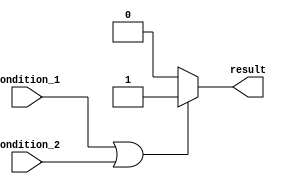
module if_else_block (
    input wire condition_1,
    input wire condition_2,
    output reg result
);

always @*
begin
    if (condition_1 || condition_2) begin
        // Code block if any of the conditions are true
        result = 1;
    end else begin
        // Code block if none of the conditions are true
        result = 0;
    end
end

endmodule